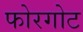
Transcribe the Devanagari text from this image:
फोरगोट